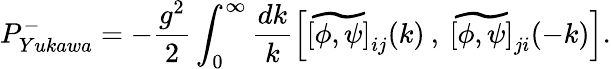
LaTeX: P_{Yukawa}^{-}=-\frac{g^{2}}{2}\int_{0}^{\infty}\frac{dk}{k}\left[\widetilde{[\phi,\psi]}_{ij}(k)\: ,\: \widetilde{[\phi,\psi]}_{ji}(-k)\right].